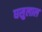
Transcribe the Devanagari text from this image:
घसुलाल